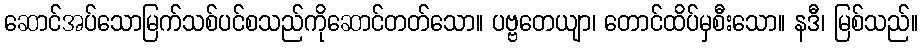
ဆောင်အပ်သောမြက်သစ်ပင်စသည်ကိုဆောင်တတ်သော။ ပဗ္ဗတေယျာ၊ တောင်ထိပ်မှစီးသော။ နဒီ၊ မြစ်သည်။